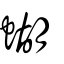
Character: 蝴